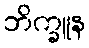
ဘိက္ခူန